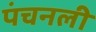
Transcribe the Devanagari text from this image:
पंचनली